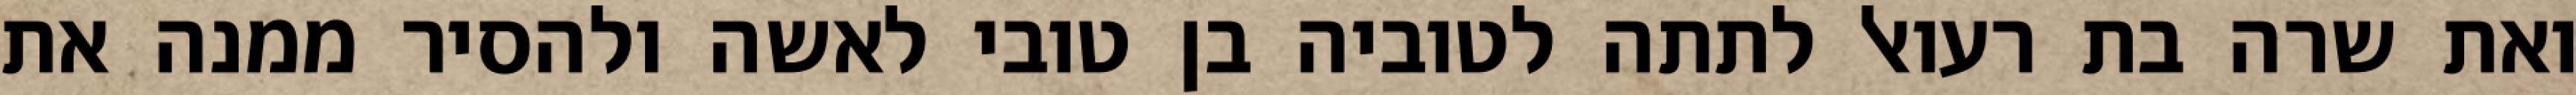
ואת שרה בת רעואל לתתה לטוביה בן טובי לאשה ולהסיר ממנה את